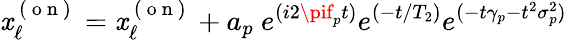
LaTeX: \mathit{x}_{\ell}^{\mathrm{{~(~o~n~)~}}}=\mathit{x}_{\ell}^{\mathrm{{~(~o~n~)~}}}+a_{p}\ e^{(i2\pif_{p}t)}e^{(-t/T_{2})}e^{(-t\gamma_{p}-t^{2}\sigma_{p}^{2})}